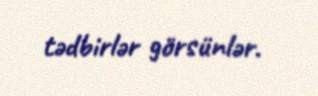
tədbirlər görsünlər.